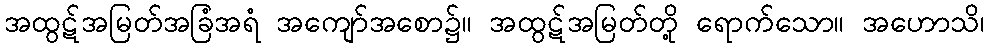
အထွဋ်အမြတ်အခြံအရံ အကျော်အစော၌။ အထွဋ်အမြတ်တို့ ရောက်သော။ အဟောသိ၊